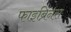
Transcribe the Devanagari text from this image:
फाइब्रिनस